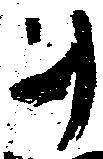
ヲ